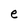
Character: e